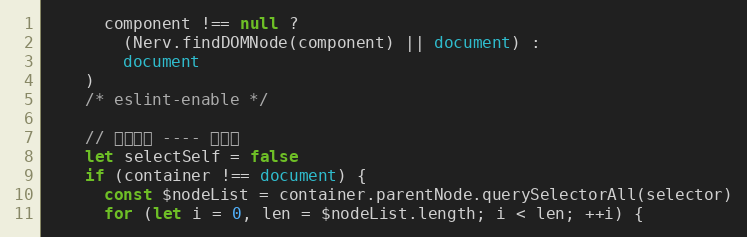
Language: JavaScript
      component !== null ?
        (Nerv.findDOMNode(component) || document) :
        document
    )
    /* eslint-enable */

    // 特殊处理 ---- 选自己
    let selectSelf = false
    if (container !== document) {
      const $nodeList = container.parentNode.querySelectorAll(selector)
      for (let i = 0, len = $nodeList.length; i < len; ++i) {